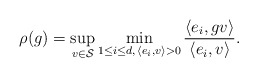
\begin{align*}\rho(g) = \sup_{ v \in \mathcal{S} } \min_{ 1 \leq i \leq d, \, \langle e_i, v \rangle > 0 } \frac{ \langle e_i, gv \rangle }{ \langle e_i, v \rangle}. \end{align*}